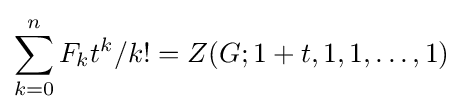
\sum _{k=0}^{n}F_{k}t^{k}/k!=Z(G;1+t,1,1,\ldots ,1)